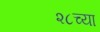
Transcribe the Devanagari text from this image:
२८च्या